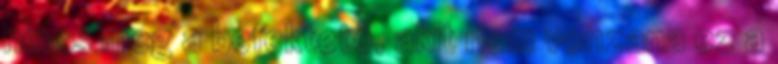
nincs meg a befektető, akit nem vonzana ez a